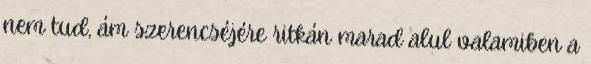
nem tud, ám szerencséjére ritkán marad alul valamiben a